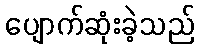
ပျောက်ဆုံးခဲ့သည်